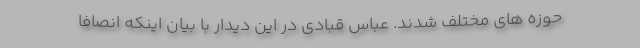
حوزه های مختلف شدند. عباس قبادی در این دیدار با بیان اینکه انصافا